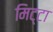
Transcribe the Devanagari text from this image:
मिट्टा